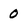
Character: 0